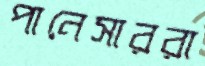
পানেসাররা